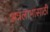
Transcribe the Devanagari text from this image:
अन्नलाभासाठी